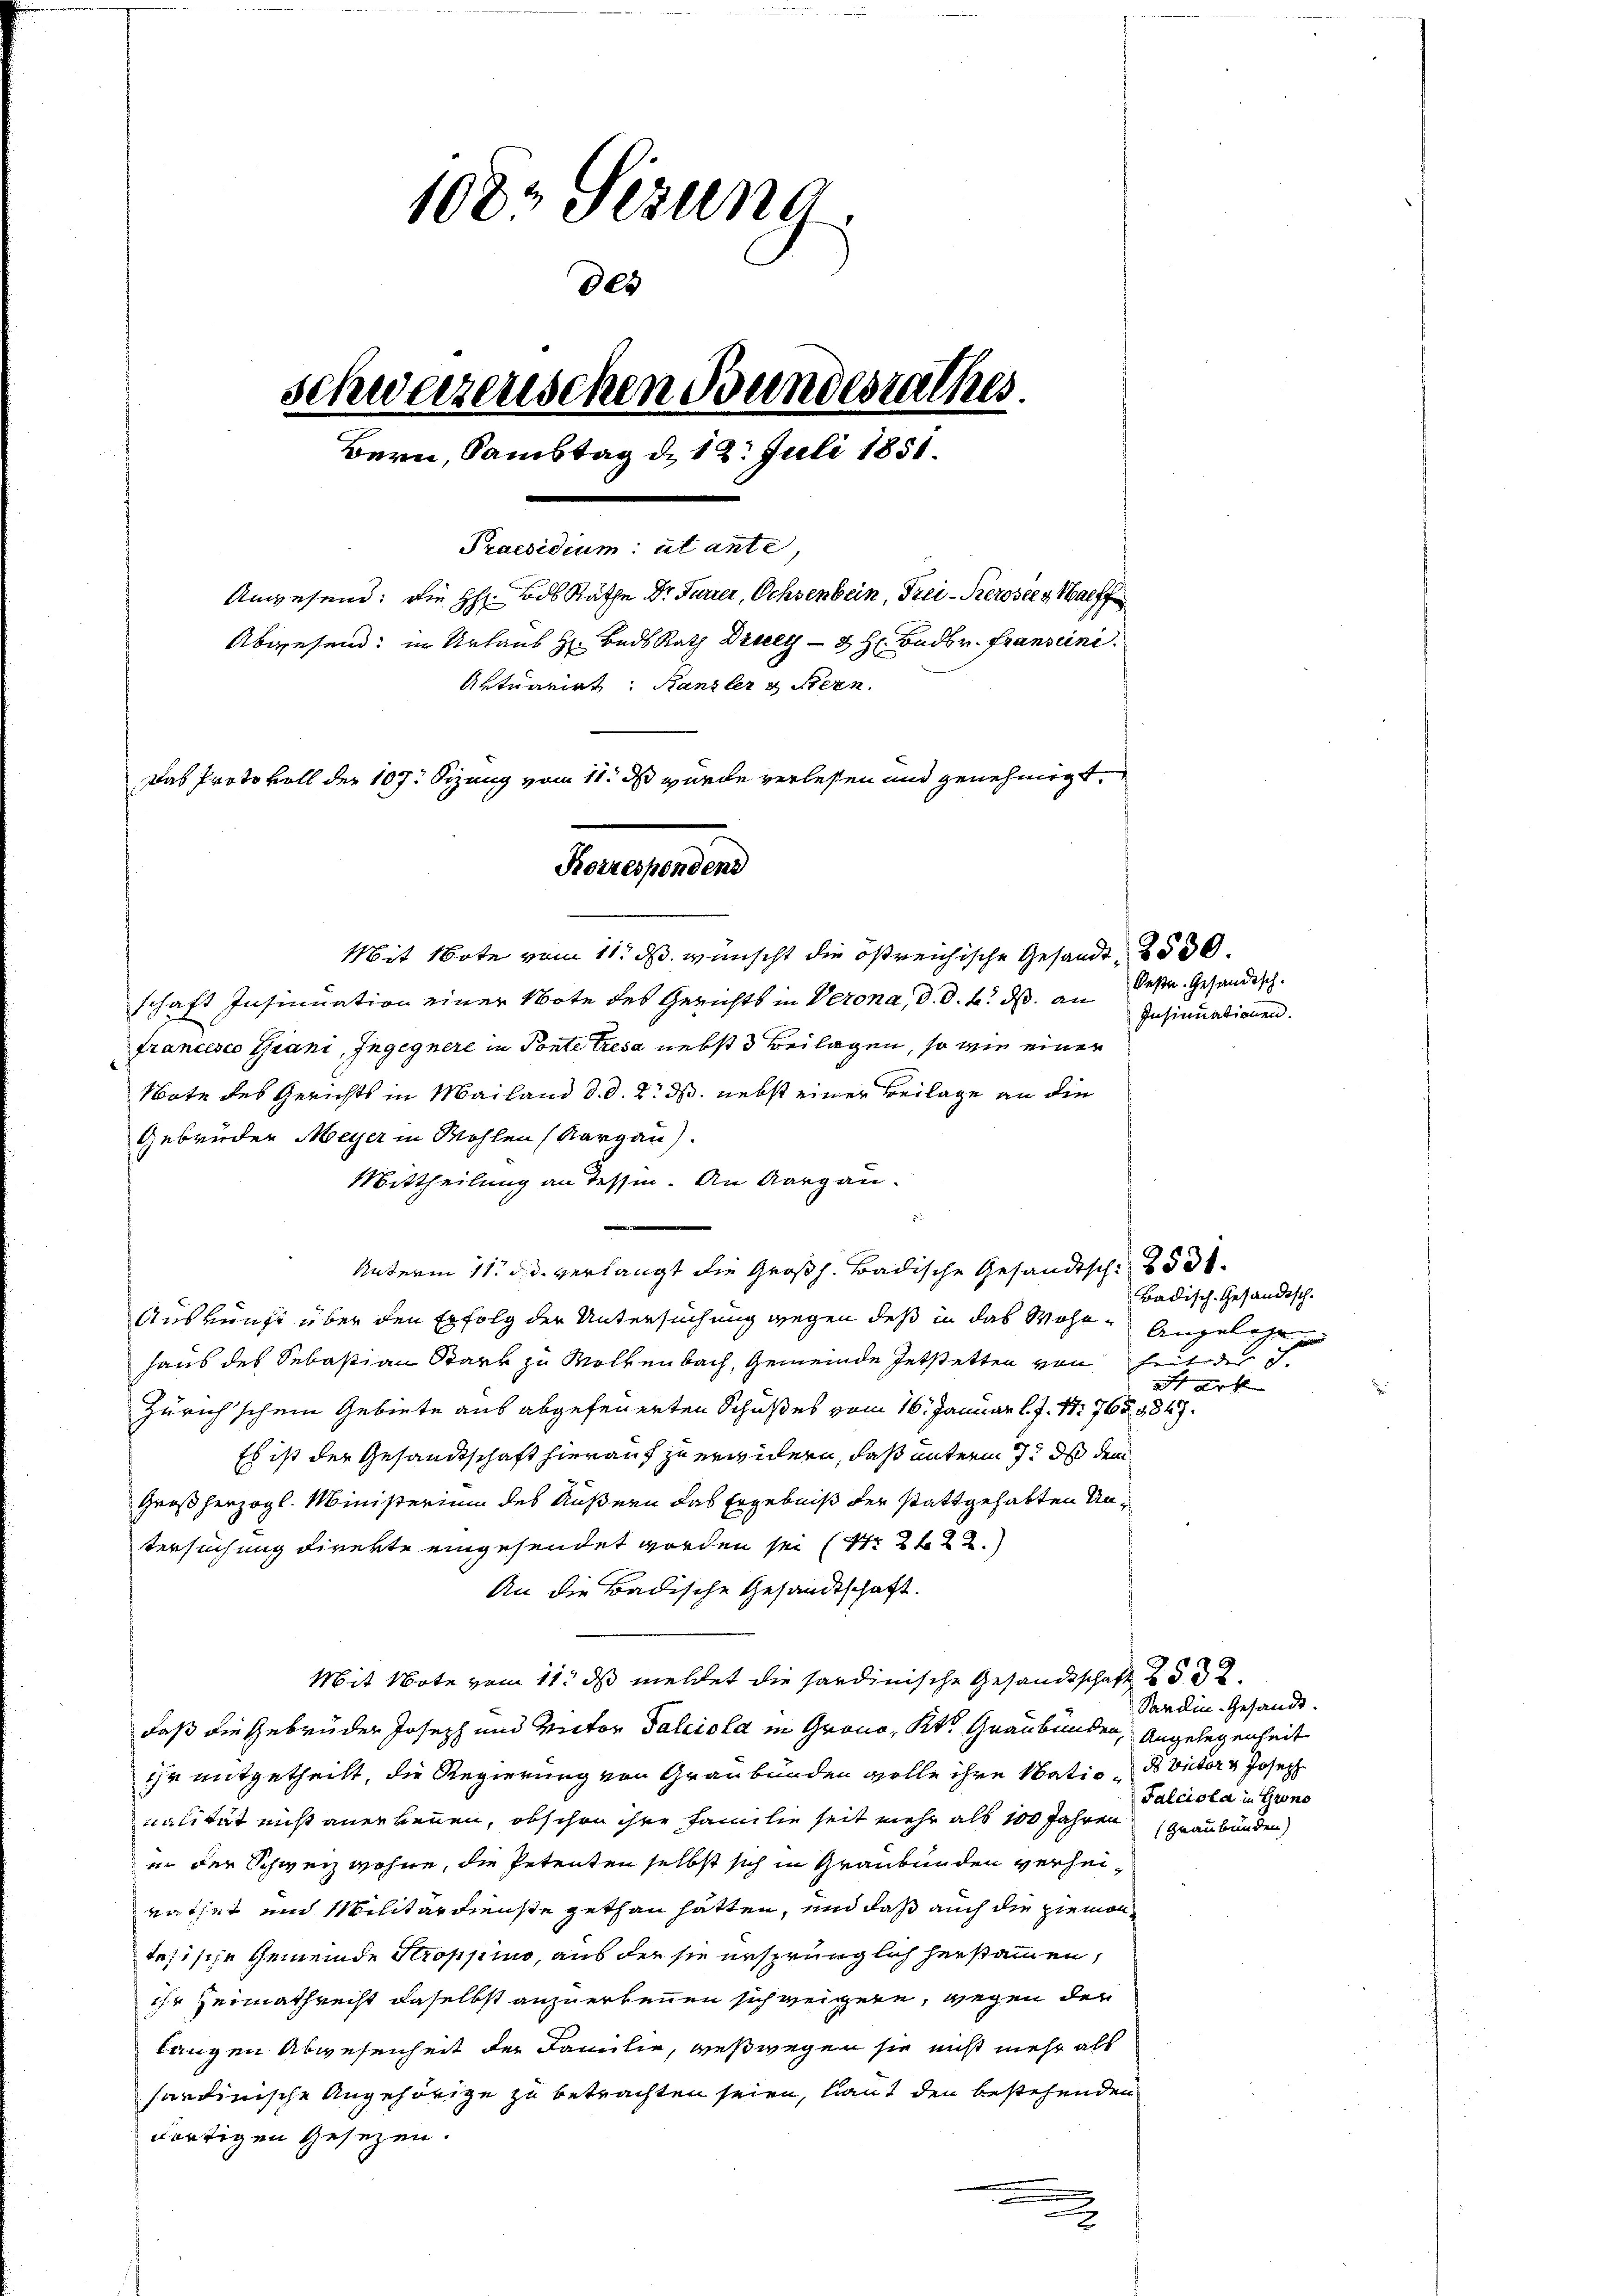
108 Sizung
des
schweizerischen Bundesrathes.
Bern, Samstag d. 12. Juli 1851.
Praesidium ut ante,
Anwesend: die H: Bds Räthe Dr. Furrer, Ochsenbein, Frei-Kerosees Waff
Abwesend: in Urlaub H. Bads Rath Drey 3 H. Badbr. Fransini.
Aktuariat: Kanzler & Stern.
Das Protokoll der 107. Sizung vom 11. ds wurde verlesen und genehmigt.
Korrespondend

Mit Note vom 11. ds. wünscht die östreichische Gesandt 2500
schaft Insinuation einer Note des Gerichts in Verona, d. d. h. dß. an des Gesandisch-
francesco Grani, Zugegnere in Ponte tresa nebst Beilagen, so wie einer
Note des Gerichts in Mailand d. d. 2. ds. nebst einer Beilage an die
Gebrüder Meyer in Wohlen (Aargau).
Mittheilung an Tessin. An Aargau.
e
Unterm 11. d. d. verlangt die Großh. Badische Gesandtsch 25 d
Auskunft über den Erfolg der Untersuchung wegen des in das Wohn- Angelese
haus des Sebastian Stark zu Wolkenbach, Gemeinde Entstetten von heit der S.
Zürich'schein Gebiete aus abgefeuerten Schußes vom 16. Januar l. J. 17. 765. 9847.
Es ist der Gesandtschaft hierauf zu erwidern, daß unterm 17t d dem
Großherzogl. Ministerium des Äußern das Ergebniß der stattgehabten Untersuchung direkte eingesendet worden sei (S. 222.
An die Badische Gesandtschaft.
Mit Note vom 11. ds meldet die sardinische Gesandtschaft 532.
daß die Gebrüder Joseph und Victor Falciola in Grono, Kts. Graubünden, Angelegenheit
ihr mitgetheilt, die Regierung von Graubünden wolle ihre Natio Victor Joseph
nalität nicht anerkennen, obschon ihre Familie seit mehr als 100 Jahren (Graubünden)
in der Schweiz wohne, die Petenten selbst sich in Graubünden verheirathet unn Militärdienste gethan hatten, und daß auch die ziementesische Gemeinde Stroppino, aus der sie ursprünglich herstammen,
ihr Heimathrecht daselbst anzuerkennen sich weigern, gegen der
langen Abwesenheit der Familie, weßwegen sie nicht mehr als
sartinische Angehörige zu betrachten seien, laut den bestehenden
dortigen Gesezen.
2

Insinuationen.

Badisch-Gesandtsch.
 erf

Sardin. Gesandt.
Falciola in Grono